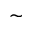
\sim